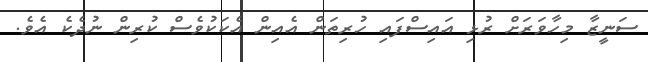
ސަނީޒާ މިހާވަރަށް ރުޅި އައިސްފައި ހުރިތަން އެއިން އެކަކުވެސް ކުރިން ނުދެކެ އެވެ.